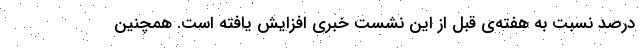
درصد نسبت به هفته‌ی قبل از این نشست خبری افزایش یافته است. همچنین